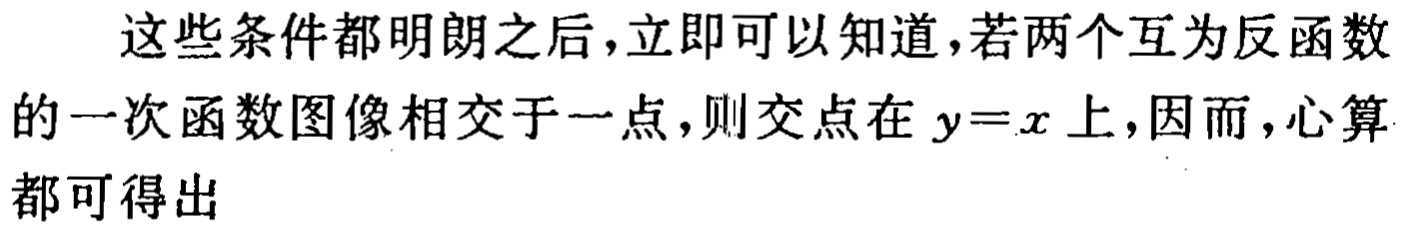
这些条件都明朗之后，立即可以知道，若两个互为反函数的一次函数图像相交于一点，则交点在 \(y = x\) 上，因而，心算都可得出